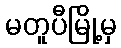
မတူပီမြို့မှ